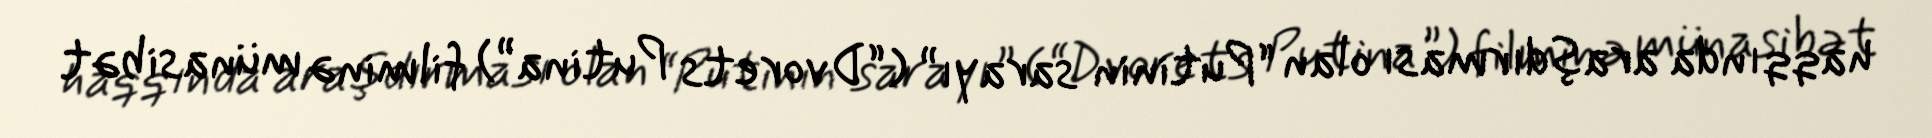
haqqında araşdırması olan “Putinin sarayı” (“Dvorets Putina”) filminə münasibət